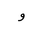
Letter: _waw